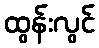
ထွန်းလွင်